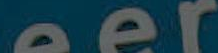
eer